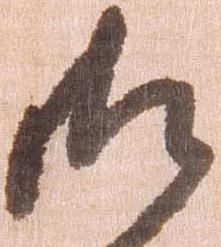
御